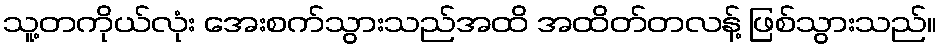
သူ့တကိုယ်လုံး အေးစက်သွားသည်အထိ အထိတ်တလန့် ဖြစ်သွားသည်။